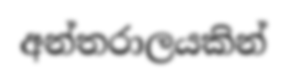
අන්තරාලයකින්